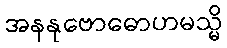
အနနုဗောဓောဟမသ္မိ